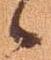
々